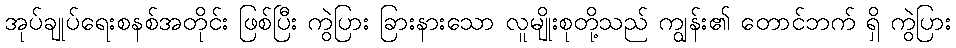
အုပ်ချုပ်ရေးစနစ်အတိုင်း ဖြစ်ပြီး ကွဲပြား ခြားနားသော လူမျိုးစုတို့သည် ကျွန်း၏ တောင်ဘက် ရှိ ကွဲပြား